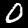
Digit: 0